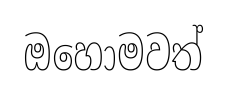
ඔහොමවත්